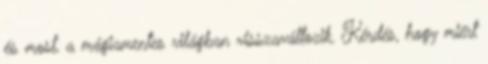
és most, a mágiamentes világban visszaváltozik. Kérdés, hogy miért